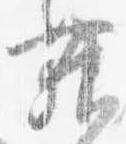
舞